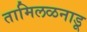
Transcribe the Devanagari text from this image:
तामिलळनाडू